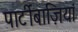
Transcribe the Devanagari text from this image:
पार्टीबाज़ियां